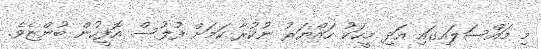
މި މައްސަލައިގައި އަދި މީހަކު ހައްޔަރު ނުކުރާ ކަމަށް ފުލުސް އޮފީހުން ބުންޏެވެ.